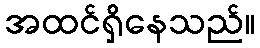
အထင်ရှိနေသည်။